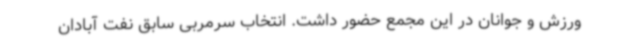
ورزش و جوانان در این مجمع حضور داشت. انتخاب سرمربی سابق نفت آبادان